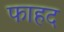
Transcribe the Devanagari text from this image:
फाहद